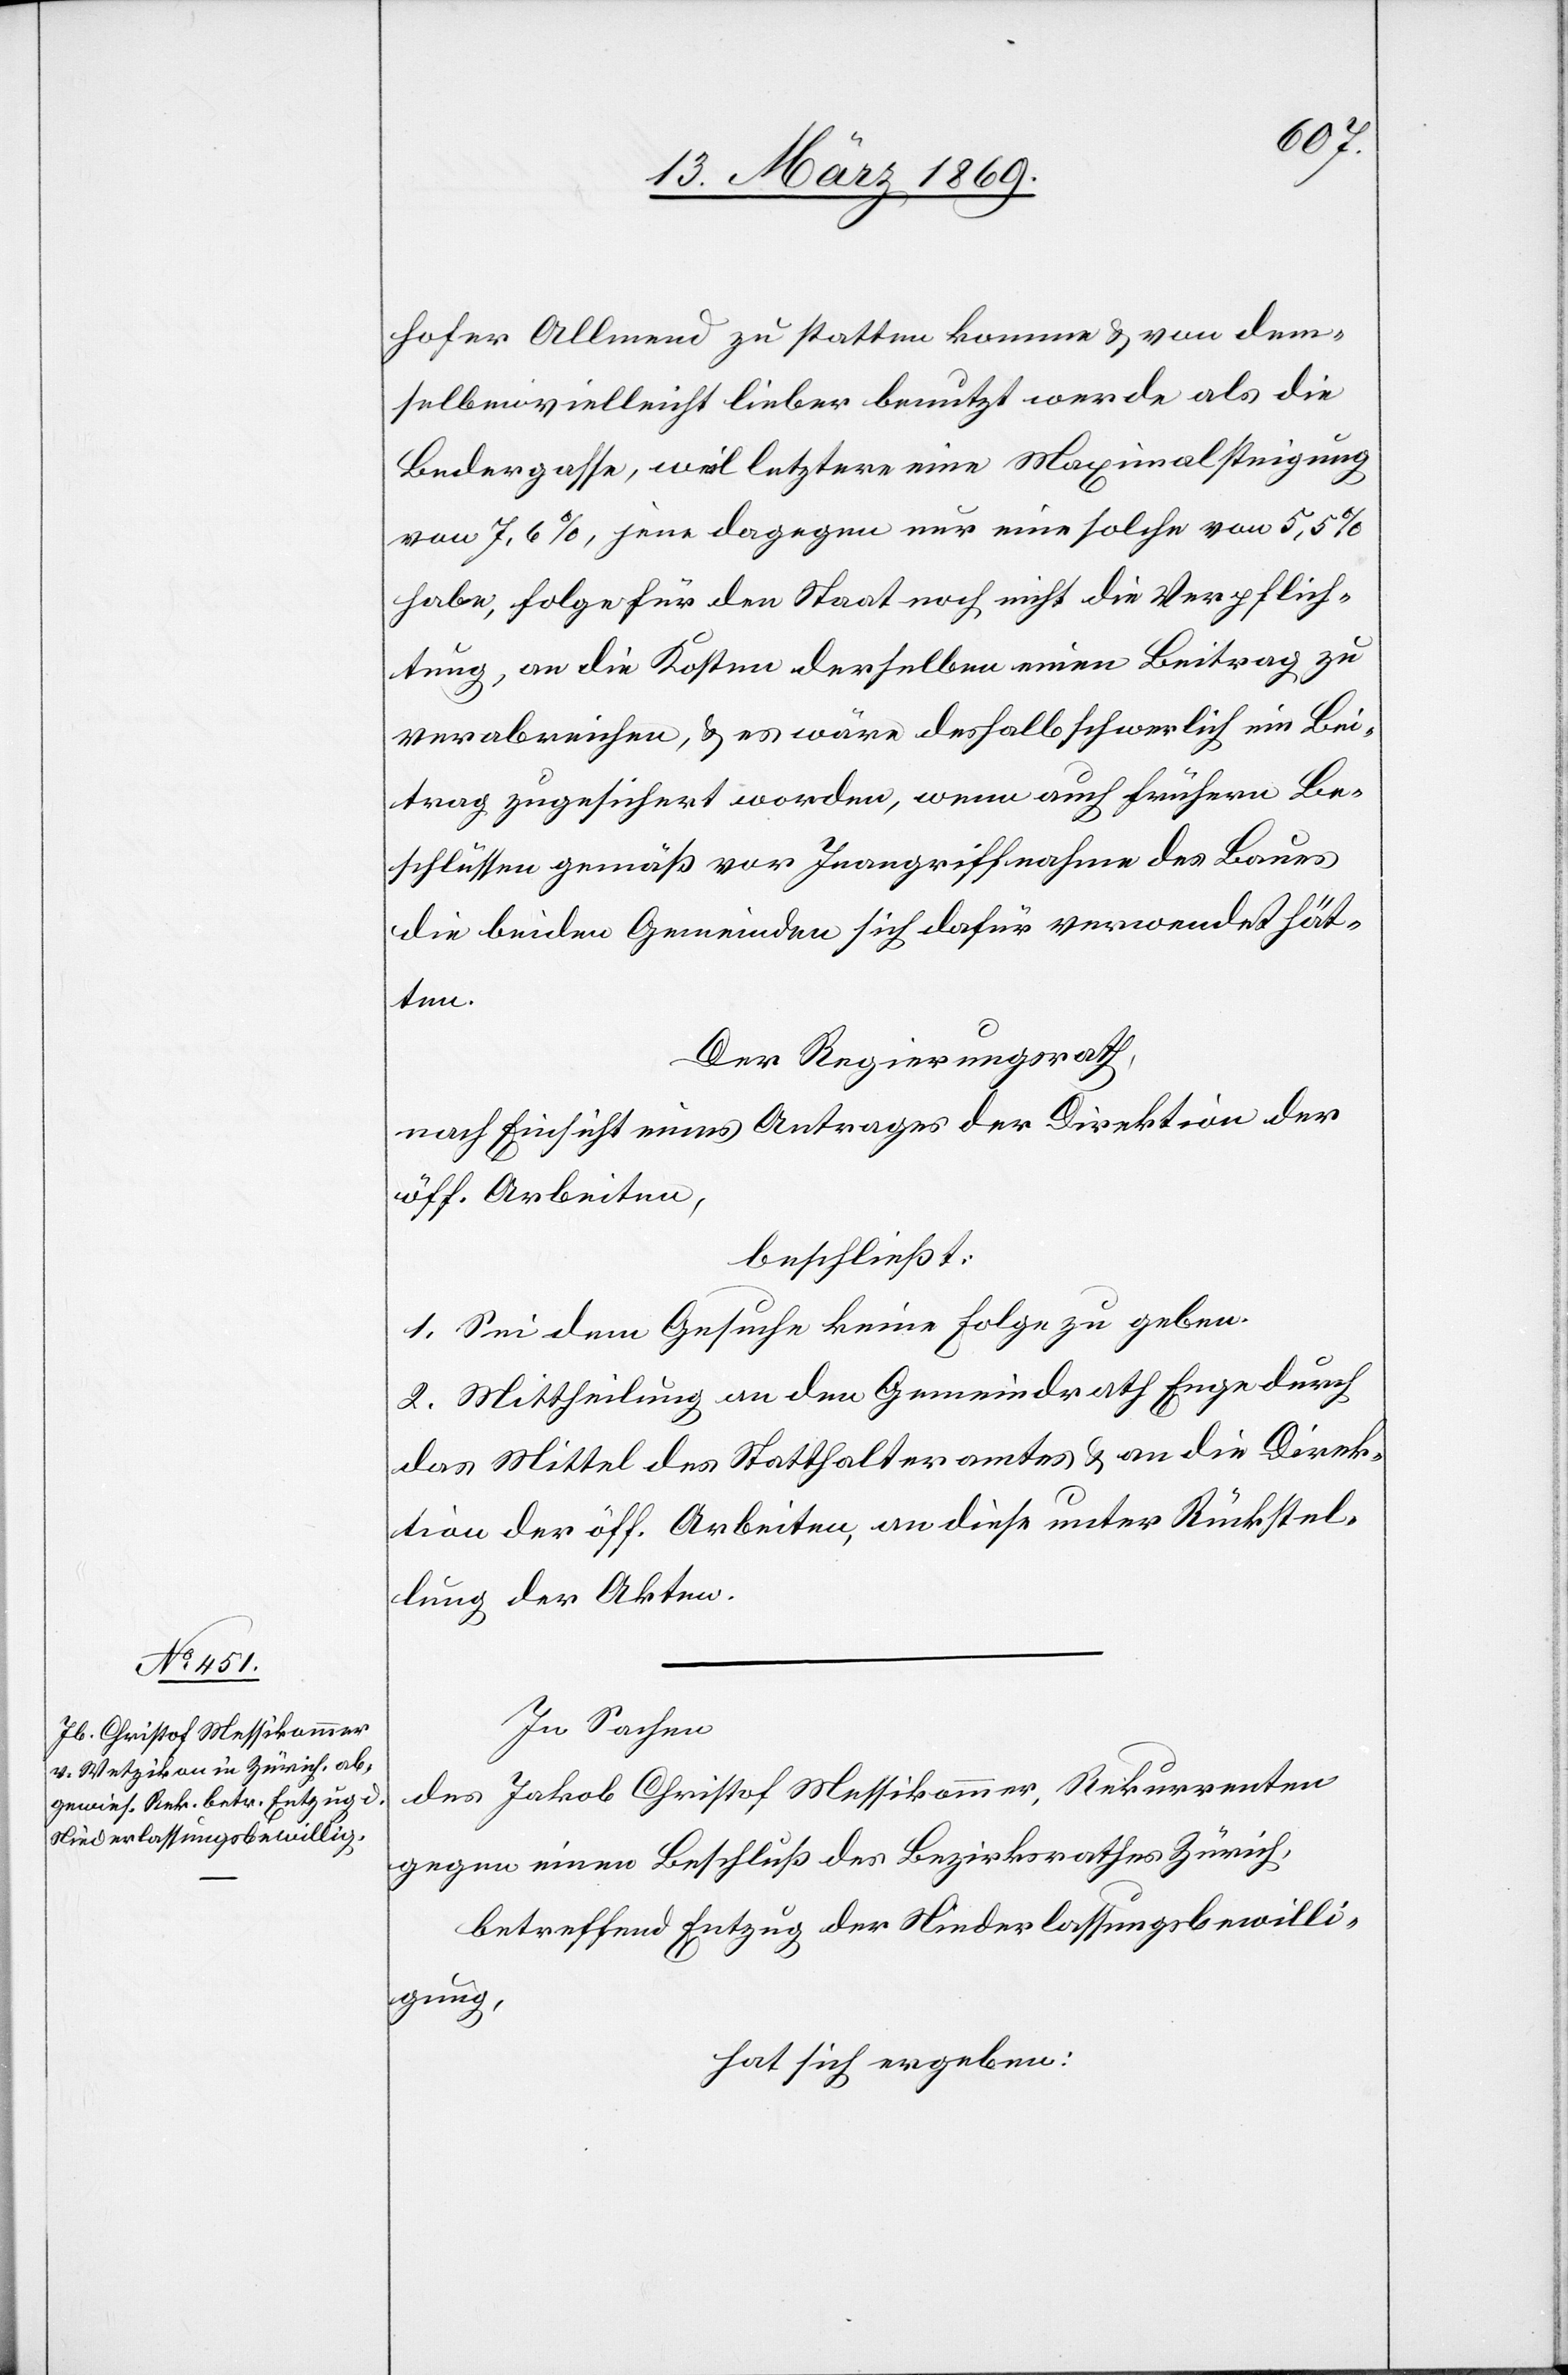
hofer Allmend zu statten komme & von dem¬
selben vielleicht lieber benutzt werde als die
Bedergasse, weil letztere eine Maximalsteigung
von 7,6%, jene dagegen nur eine solche von 5,5%
habe, folge für den Staat noch nicht die Verpflich¬
tung, an die Kosten derselben einen Beitrag zu
verabreichen, & es wäre deshalb schwerlich ein Bei¬
trag zugesichert worden, wenn auch früheren Be¬
schlüssen gemäß vor Inangriffnahme des Baues
die beiden Gemeinden sich dafür verwendet hät¬
ten.
Der Regierungsrath,
nach Einsicht eines Antrages der Direktion der
öff. Arbeiten,
beschließt:
1. Sei dem Gesuche keine Folge zu geben.
2. Mittheilung an den Gemeindrath Enge durch
das Mittel des Statthalteramtes & an die Direk¬
tion der öff. Arbeiten, an diese unter Rückstel¬
lung der Akten.
In Sachen
des Jakob Christof Messikommer, Rekurrenten
gegen einen Beschluß des Bezirksrathes Zürich,
betreffend Entzug der Niederlaßungsbewilli¬
gung,
hat sich ergeben: